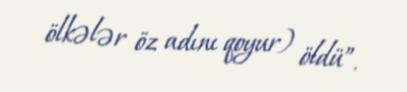
ölkələr öz adını qoyur) öldü”.